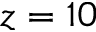
z = 1 0